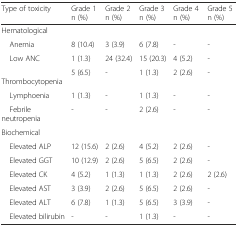
<table><thead><tr><td><b>Type of toxicity</b></td><td><b>Grade 1 n (%)</b></td><td><b>Grade 2 n (%)</b></td><td><b>Grade 3 n (%)</b></td><td><b>Grade 4 n (%)</b></td><td><b>Grade 5 n (%)</b></td></tr></thead><tbody><tr><td colspan="6">Hematological</td></tr><tr><td> Anemia</td><td>8 (10.4)</td><td>3 (3.9)</td><td>6 (7.8)</td><td>-</td><td>-</td></tr><tr><td> Low ANC</td><td>1 (1.3)</td><td>24 (32.4)</td><td>15 (20.3)</td><td>4 (5.2)</td><td>-</td></tr><tr><td> Thrombocytopenia</td><td>5 (6.5)</td><td>-</td><td>1 (1.3)</td><td>2 (2.6)</td><td>-</td></tr><tr><td> Lymphoenia</td><td>1 (1.3)</td><td>-</td><td>1 (1.3)</td><td>-</td><td>-</td></tr><tr><td> Febrile neutropenia</td><td>-</td><td>-</td><td>2 (2.6)</td><td>-</td><td>-</td></tr><tr><td colspan="6">Biochemical</td></tr><tr><td> Elevated ALP</td><td>12 (15.6)</td><td>2 (2.6)</td><td>4 (5.2)</td><td>2 (2.6)</td><td>-</td></tr><tr><td> Elevated GGT</td><td>10 (12.9)</td><td>2 (2.6)</td><td>5 (6.5)</td><td>2 (2.6)</td><td>-</td></tr><tr><td> Elevated CK</td><td>4 (5.2)</td><td>1 (1.3)</td><td>1 (1.3)</td><td>2 (2.6)</td><td>2 (2.6)</td></tr><tr><td> Elevated AST</td><td>3 (3.9)</td><td>2 (2.6)</td><td>5 (6.5)</td><td>2 (2.6)</td><td>-</td></tr><tr><td> Elevated ALT</td><td>6 (7.8)</td><td>1 (1.3)</td><td>5 (6.5)</td><td>3 (3.9)</td><td>-</td></tr><tr><td> Elevated bilirubin</td><td>-</td><td>-</td><td>1 (1.3)</td><td>-</td><td>-</td></tr></tbody></table>